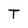
Character: T